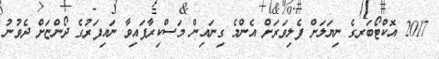
2017 އޮކްޓޯބަރގެ ނިޔަލަށް ފެލިވަރަށް އެންމެ ގިނައިން މަސްކިރާފައިވާ ނައިފަރުގެ ދޯންޏަށް ދެވުނު